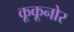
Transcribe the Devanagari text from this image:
कूकूनोर